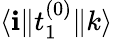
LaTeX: \langle\mathbf{i}\| t_{1}^{(0)}\| k\rangle